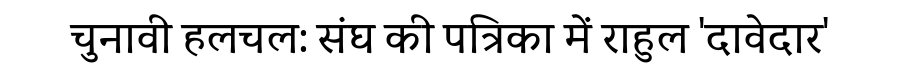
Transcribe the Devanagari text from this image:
चुनावी हलचल: संघ की पत्रिका में राहुल 'दावेदार'